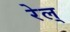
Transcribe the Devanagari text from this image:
रेल्